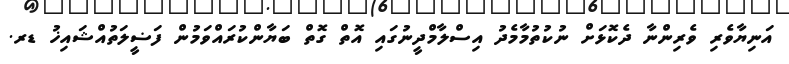
އަނިޔާވެރި ވެރިންނާ ދެކޮޅަށް ނުކުތުމާމެދު އިސްލާމްދީނުގައި އޮތް ގޮތް ބަޔާންކުރައްވަމުން ފަޟީލަތުއްޝައިޚު ޑރ.